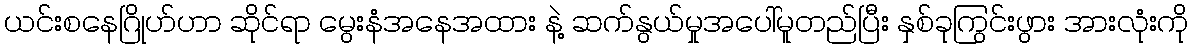
ယင်းစနေဂြိုဟ်ဟာ ဆိုင်ရာ မွေးနံအနေအထား နဲ့ ဆက်နွယ်မှုအပေါ်မူတည်ပြီး နှစ်ခုကြွင်းဖွား အားလုံးကို